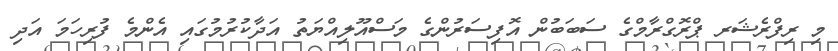
މި ރިފްރެޝަރ ޕްރޮގްރާމްގެ ސަބަބުން އޮފިސަރުންގެ މަސްއޫލިއްޔަތު އަދާކުރުމުގައި އެންމެ ފުރިހަމަ އަދި